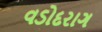
વડોદરાગ